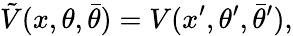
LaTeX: \tilde{V}(x,\theta,\bar{\theta})=V(x^{\prime},\theta^{\prime},\bar{\theta}^{\prime}),